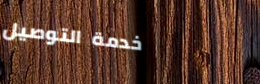
خدمة التوصيل